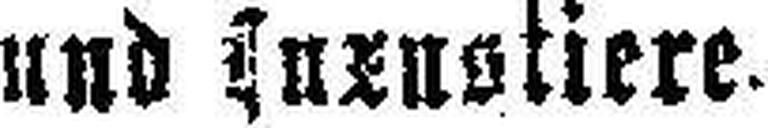
und Luxustiere.